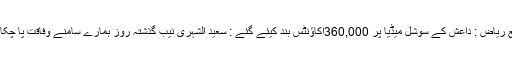
ذرائع ریاض : داعش کے سوشل میڈیا پر 360,000اکاﺅنٹس بند کیئے گئے : سعید الشہری نیب گذشتہ روز ہمارے سامنے وفاقت پا چکا ہے۔